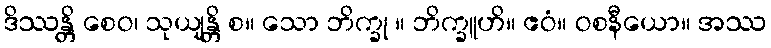
ဒိဿန္တိ စေဝ၊ သုယျန္တိ စ။ သော ဘိက္ခု ။ ဘိက္ခူဟိ။ ဧဝံ။ ဝစနီယော။ အဿ